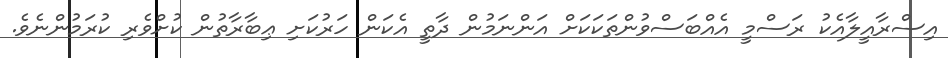
އިސްރާއީލާއެކު ރަސްމީ އެއްބަސްވުންތަކަކަށް އަންނަމުން ދާތީ އެކަން ހަރުކަށި ޢިބާރާތުން ކުށްވެރި ކުރަމުންނެވެ.